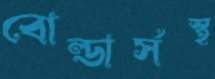
বোল্ডার্সস্থ